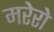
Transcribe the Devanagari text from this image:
मरेरो